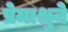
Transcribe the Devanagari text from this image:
प्रेमाश्रुने